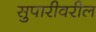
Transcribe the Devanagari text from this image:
सुपारीवरील